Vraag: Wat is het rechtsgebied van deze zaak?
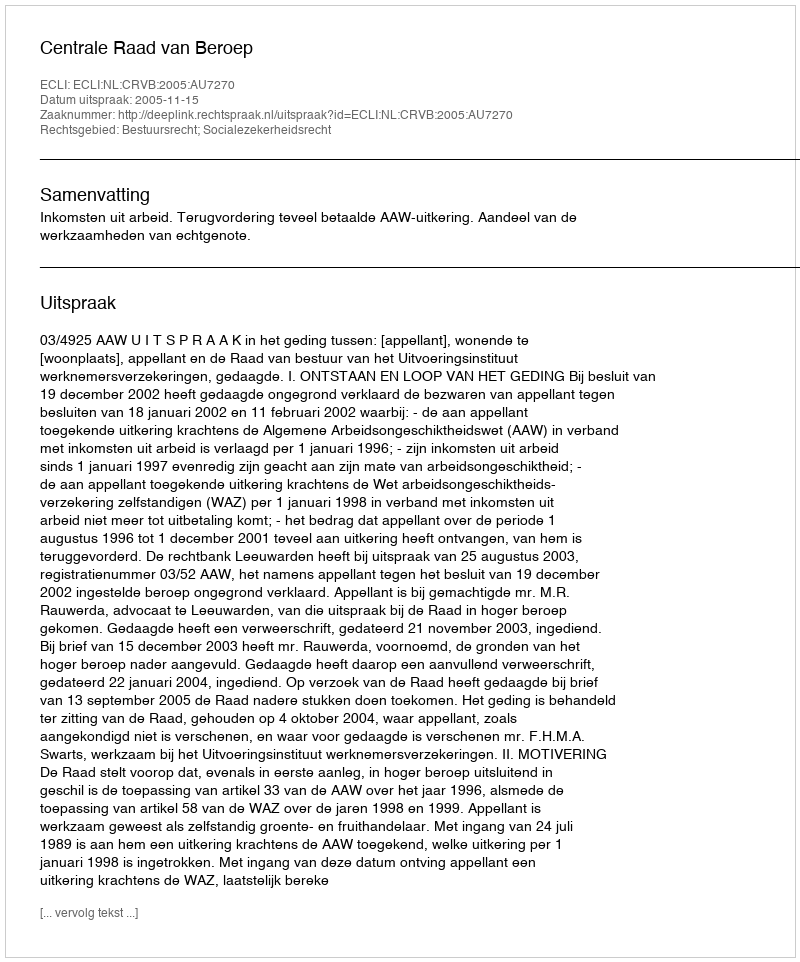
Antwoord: Bestuursrecht; Socialezekerheidsrecht